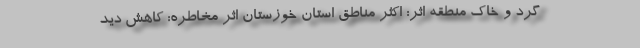
گرد و خاک منطقه اثر: اکثر مناطق استان خوزستان اثر مخاطره: کاهش دید